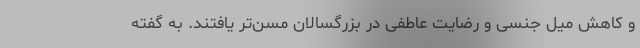
و کاهش میل جنسی و رضایت عاطفی در بزرگسالان مسن‌تر یافتند. به گفته